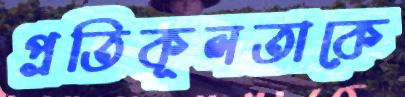
প্রতিকূলতাকে